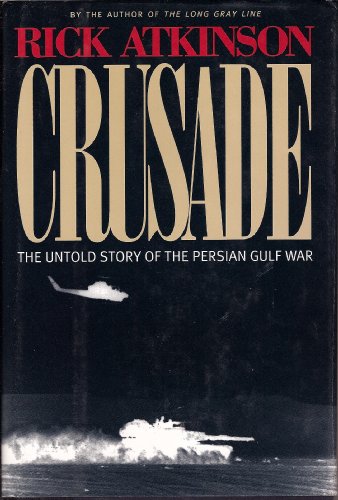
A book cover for Crusade : The Untold Story of the Persian Gulf War; Rick Atkinson; History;